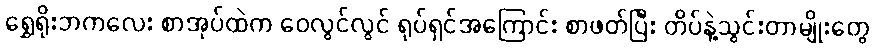
ရွှေရိုးဘကလေး စာအုပ်ထဲက ဝေလွင်လွင် ရုပ်ရှင်အကြောင်း စာဖတ်ပြီး တိပ်နဲ့သွင်းတာမျိုးတွေ